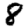
Digit: 8